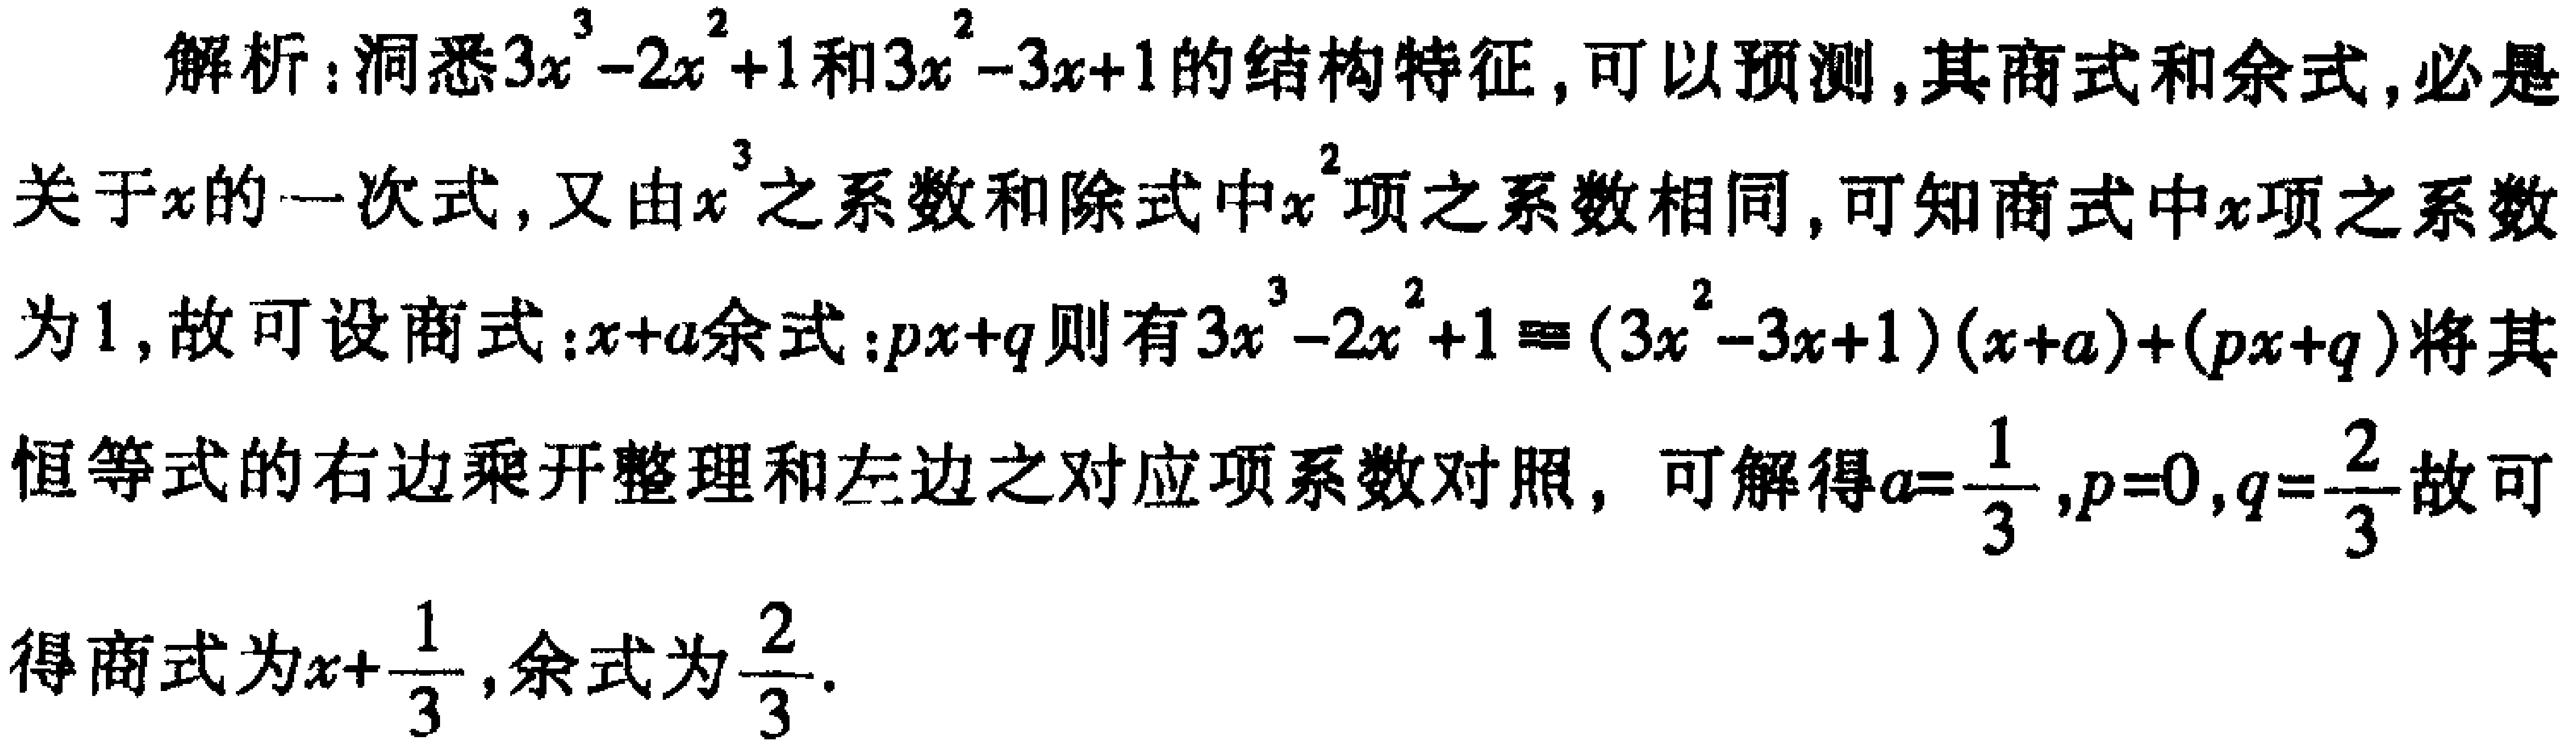
解析：洞悉\(3x^{3}-2x^{2}+1\)和\(3x^{2}-3x + 1\)的结构特征，可以预测，其商式和余式，必是关于\(x\)的一次式，又由\(x^{3}\)之系数和除式中\(x^{2}\)项之系数相同，可知商式中\(x\)项之系数为\(1\)，故可设商式：\(x + a\)余式：\(px + q\)则有\(3x^{3}-2x^{2}+1\equiv(3x^{2}-3x + 1)(x + a)+(px + q)\)将其恒等式的右边乘开整理和左边之对应项系数对照，可解得\(a = \frac{1}{3},p = 0,q = \frac{2}{3}\)故可得商式为\(x+\frac{1}{3}\)，余式为\(\frac{2}{3}\)。